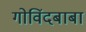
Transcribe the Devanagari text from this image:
गोविंदबाबा